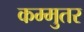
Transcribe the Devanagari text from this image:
कम्मुतर